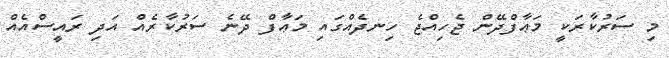
މި ސަރުކާރަކީ މަޢާފްދޭން ޖެހިއްޖެ ހިނދެއްގައި މަޢާފް ދޭނެ ސަރުކާރެއް އަދި ރައީސްއެއް